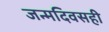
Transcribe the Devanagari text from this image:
जन्मदिवसही